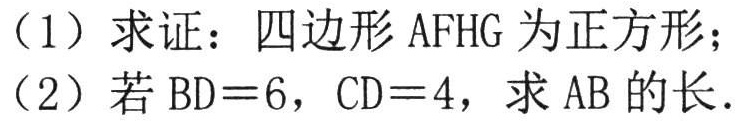
(1) 求证：四边形 \(AFHG\) 为正方形；
(2) 若 \(BD = 6\)，\(CD = 4\)，求 \(AB\) 的长.